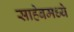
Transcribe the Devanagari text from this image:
साहेबमध्ये